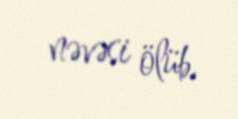
nəvəsi ölüb.